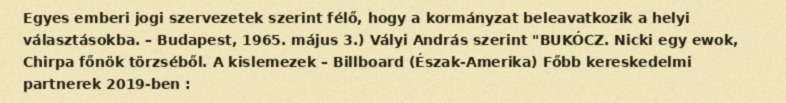
Egyes emberi jogi szervezetek szerint félő, hogy a kormányzat beleavatkozik a helyi választásokba. – Budapest, 1965. május 3.) Vályi András szerint "BUKÓCZ. Nicki egy ewok, Chirpa főnök törzséből. A kislemezek – Billboard (Észak-Amerika) Főbb kereskedelmi partnerek 2019-ben :